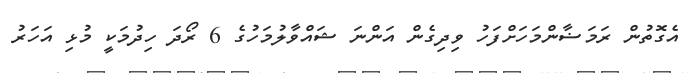
އެގޮތުން ރަމަޟާންމަހަށްފަހު ވިދިގެން އަންނަ ޝައްވާލުމަހުގެ 6 ރޯދަ ހިދުމަކީ މުޅި އަހަރު